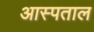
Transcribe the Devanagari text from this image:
आस्पताल